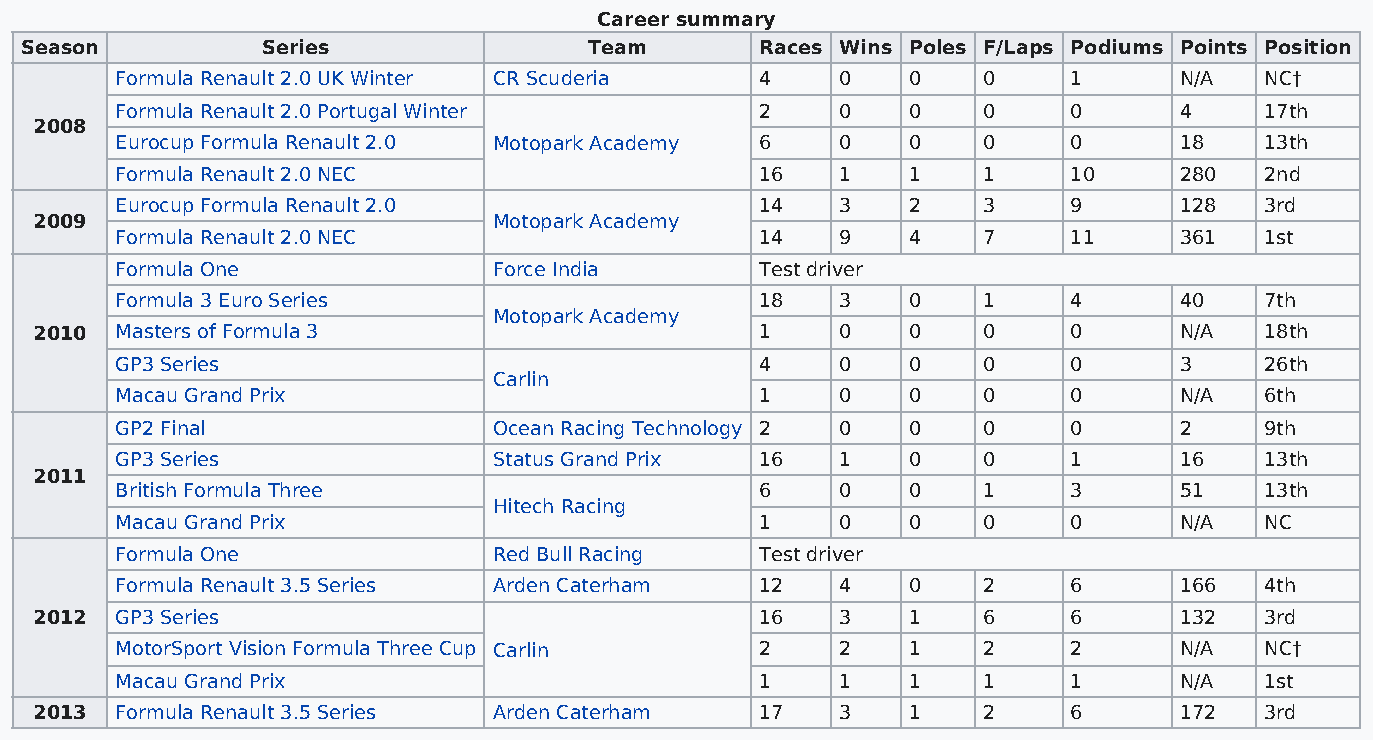
Career summary
 Season          Series                Team       Races Wins Poles F/Laps Podiums Points Position
 Formula Renault 2.0 UK Winter CR Scuderia 4     0   0    0     1      N/A   NC†
 Formula Renault 2.0 Portugal Winter       2     0   0    0     0      4     17th
 2008
 Eurocup Formula Renault 2.0 Motopark Academy 6  0   0    0     0      18    13th
 Formula Renault 2.0 NEC                   16    1   1    1     10     280   2nd
 Eurocup Formula Renault 2.0               14    3   2    3     9      128   3rd
 2009                           Motopark Academy
 Formula Renault 2.0 NEC                   14    9   4    7     11     361   1st
 Formula One              Force India      Test driver
 Formula 3 Euro Series                     18    3   0    1     4      40    7th
 Motopark Academy
 2010  Masters of Formula 3                      1     0   0    0     0      N/A   18th
 GP3 Series                                4     0   0    0     0      3     26th
 Carlin
 Macau Grand Prix                          1     0   0    0     0      N/A   6th
 GP2 Final                Ocean Racing Technology 2 0 0   0     0      2     9th
 GP3 Series               Status Grand Prix 16   1   0    0     1      16    13th
 2011
 British Formula Three                     6     0   0    1     3      51    13th
 Hitech Racing
 Macau Grand Prix                          1     0   0    0     0      N/A   NC
 Formula One              Red Bull Racing  Test driver
 Formula Renault 3.5 Series Arden Caterham 12    4   0    2     6      166   4th
 2012  GP3 Series                                16    3   1    6     6      132   3rd
 MotorSport Vision Formula Three Cup Carlin 2    2   1    2     2      N/A   NC†
 Macau Grand Prix                          1     1   1    1     1      N/A   1st
 2013  Formula Renault 3.5 Series Arden Caterham 17    3   1    2     6      172   3rd